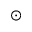
\odot